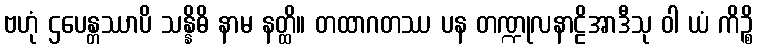
ဗဟုံ ဌပေန္တဿာပိ သန္နိဓိ နာမ နတ္ထိ။ တထာဂတဿ ပန တဏ္ဍုလနာဠိအာဒီသု ဝါ ယံ ကိဉ္စိ